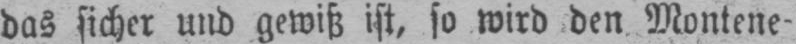
das sicher und gewiß ist, so wird den Montene-